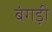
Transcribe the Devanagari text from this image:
बंगड़ी